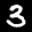
Label: 3